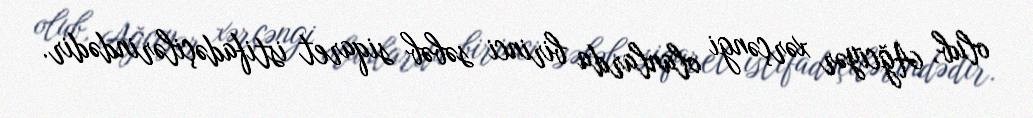
olub, Ağciyər xərçəngi olanlarda birinci səbəb siqaret istifadəçilərindədir.